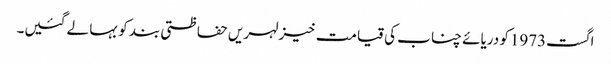
اگست1973کو دریائے چناب کی قیامت خیز لہریں حفاظتی بند کو بہا لے گئیں۔